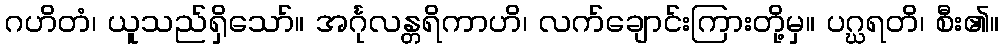
ဂဟိတံ၊ ယူသည်ရှိသော်။ အင်္ဂုလန္တရိကာဟိ၊ လက်ချောင်းကြားတို့မှ။ ပဂ္ဃရတိ၊ စီး၏။